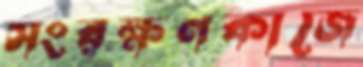
সংরক্ষণকাজে